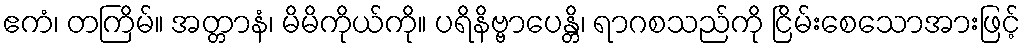
ဧကံ၊ တကြိမ်။ အတ္တာနံ၊ မိမိကိုယ်ကို။ ပရိနိဗ္ဗာပေန္တိ၊ ရာဂစသည်ကို ငြိမ်းစေသောအားဖြင့်